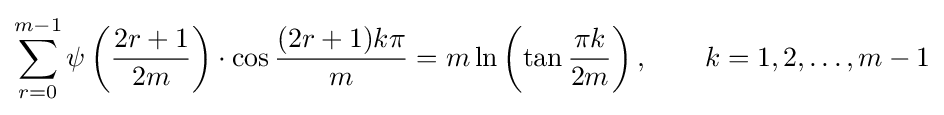
\sum _{r=0}^{m-1}\psi \left({\frac {2r+1}{2m}}\right)\cdot \cos {\frac {(2r+1)k\pi }{m}}=m\ln \left(\tan {\frac {\pi k}{2m}}\right),\qquad k=1,2,\ldots ,m-1